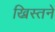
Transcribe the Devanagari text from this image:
ख्रिस्तने